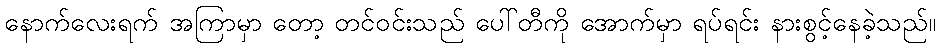
နောက်လေးရက် အကြာမှာ တော့ တင်ဝင်းသည် ပေါ်တီကို အောက်မှာ ရပ်ရင်း နားစွင့်နေခဲ့သည်။